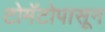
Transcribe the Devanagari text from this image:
टोमॅटोपासून